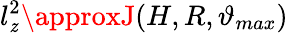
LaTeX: l_{\mathit{z}}^{2}\approxJ(H,R,\vartheta_{max})